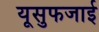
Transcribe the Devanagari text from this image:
यूसुफजाई